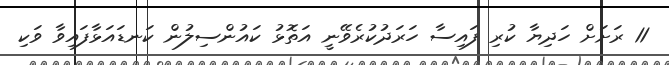
11 ރަށަށް ހަދިޔާ ކުރި ފައިސާ ހަރަދުކުރެވޭނީ އަތޮޅު ކައުންސިލުން ކަނޑައަޅާފައިވާ ވަކި